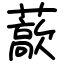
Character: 藃